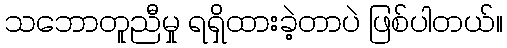
သဘောတူညီမှု ရရှိထားခဲ့တာပဲ ဖြစ်ပါတယ်။